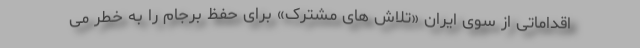
اقداماتی از سوی ایران «تلاش های مشترک» برای حفظ برجام را به خطر می